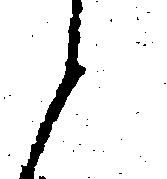
と